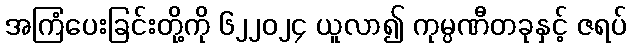
အကြံပေးခြင်းတို့ကို ၆၂၂၀၂၄ ယူလာ၍ ကုမ္ပဏီတခုနှင့် ဇရပ်